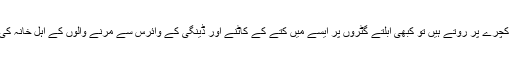
کراچی کے باسی کبھی کچرے پر روتے ہیں تو کبھی ابلتے گٹروں پر ایسے میں کتے کے کاٹنے اور ڈینگی کے وائرس سے مرنے والوں کے اہل خانہ کی فریاد کو کون سنے گا۔